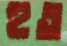
হুত